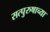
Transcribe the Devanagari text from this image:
सत्पुरुषाच्या